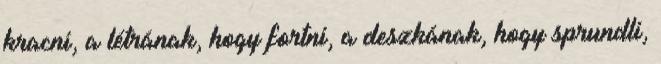
kracni, a létrának, hogy fortni, a deszkának, hogy sprundli,